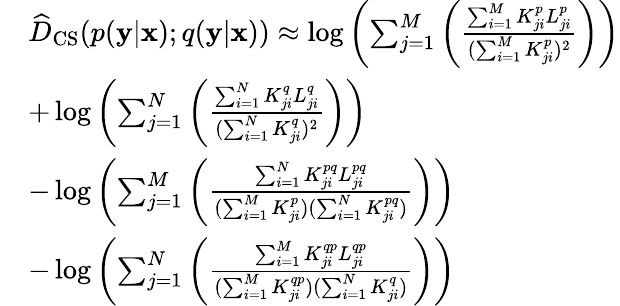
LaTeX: \begin{array}{rl}&{\widehat{D}_{\mathrm{CS}}(p(\mathbf{y}|\mathbf{x});q(\mathbf{y}|\mathbf{x}))\approx\log\left(\sum_{j=1}^{M}\left(\frac{\sum_{i=1}^{M}K_{ji}^{p}L_{ji}^{p}}{(\sum_{i=1}^{M}K_{ji}^{p})^{2}}\right)\right)}\\ &{+\log\left(\sum_{j=1}^{N}\left(\frac{\sum_{i=1}^{N}K_{ji}^{q}L_{ji}^{q}}{(\sum_{i=1}^{N}K_{ji}^{q})^{2}}\right)\right)}\\ &{-\log\left(\sum_{j=1}^{M}\left(\frac{\sum_{i=1}^{N}K_{ji}^{pq}L_{ji}^{pq}}{(\sum_{i=1}^{M}K_{ji}^{p})(\sum_{i=1}^{N}K_{ji}^{pq})}\right)\right)}\\ &{-\log\left(\sum_{j=1}^{N}\left(\frac{\sum_{i=1}^{M}K_{ji}^{qp}L_{ji}^{qp}}{(\sum_{i=1}^{M}K_{ji}^{qp})(\sum_{i=1}^{N}K_{ji}^{q})}\right)\right)}\end{array}